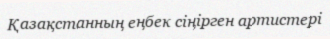
Қазақстанның еңбек сіңірген артистері